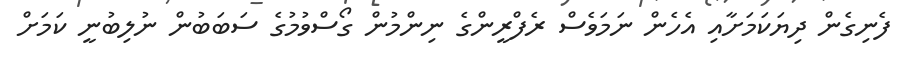
ފެނިގެން ދިޔަކަމަށާއި އެހެން ނަމަވެސް ރެފްރީންގެ ނިންމުން ގޯސްވުމުގެ ސަބަބުން ނުލިބުނީ ކަމަށް